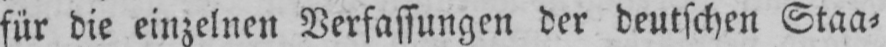
für die einzelnen Verfassungen der deutschen Staa⸗